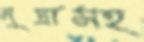
মুদ্রাসহ